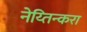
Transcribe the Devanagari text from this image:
नेय्तिन्करा